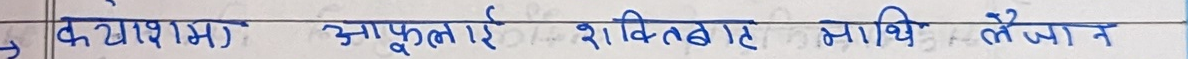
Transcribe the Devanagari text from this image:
क व्यापम आफूलाई शक्तवर साथी लैजान